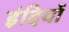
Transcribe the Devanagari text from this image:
इंदियों